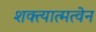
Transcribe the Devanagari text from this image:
शक्त्यात्मत्वेन